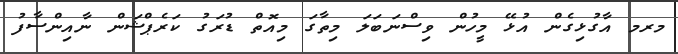
މރމ އާގުޅިގެން އުޅޭ މީހުން ވިސްނަބަލަ މިތާގަ މިއޮތް ޑުރަގު ކަރެޕްޝަން ނާއިންސާފު